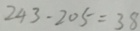
2 4 3 - 2 0 5 = 3 8